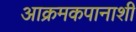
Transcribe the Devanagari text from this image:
आक्रमकपानाशी